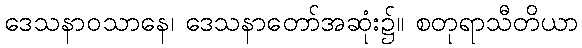
ဒေသနာဝသာနေ၊ ဒေသနာတော်အဆုံး၌။ စတုရာသီတိယာ